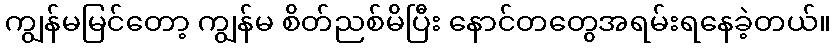
ကျွန်မမြင်တော့ ကျွန်မ စိတ်ညစ်မိပြီး နောင်တတွေအရမ်းရနေခဲ့တယ်။